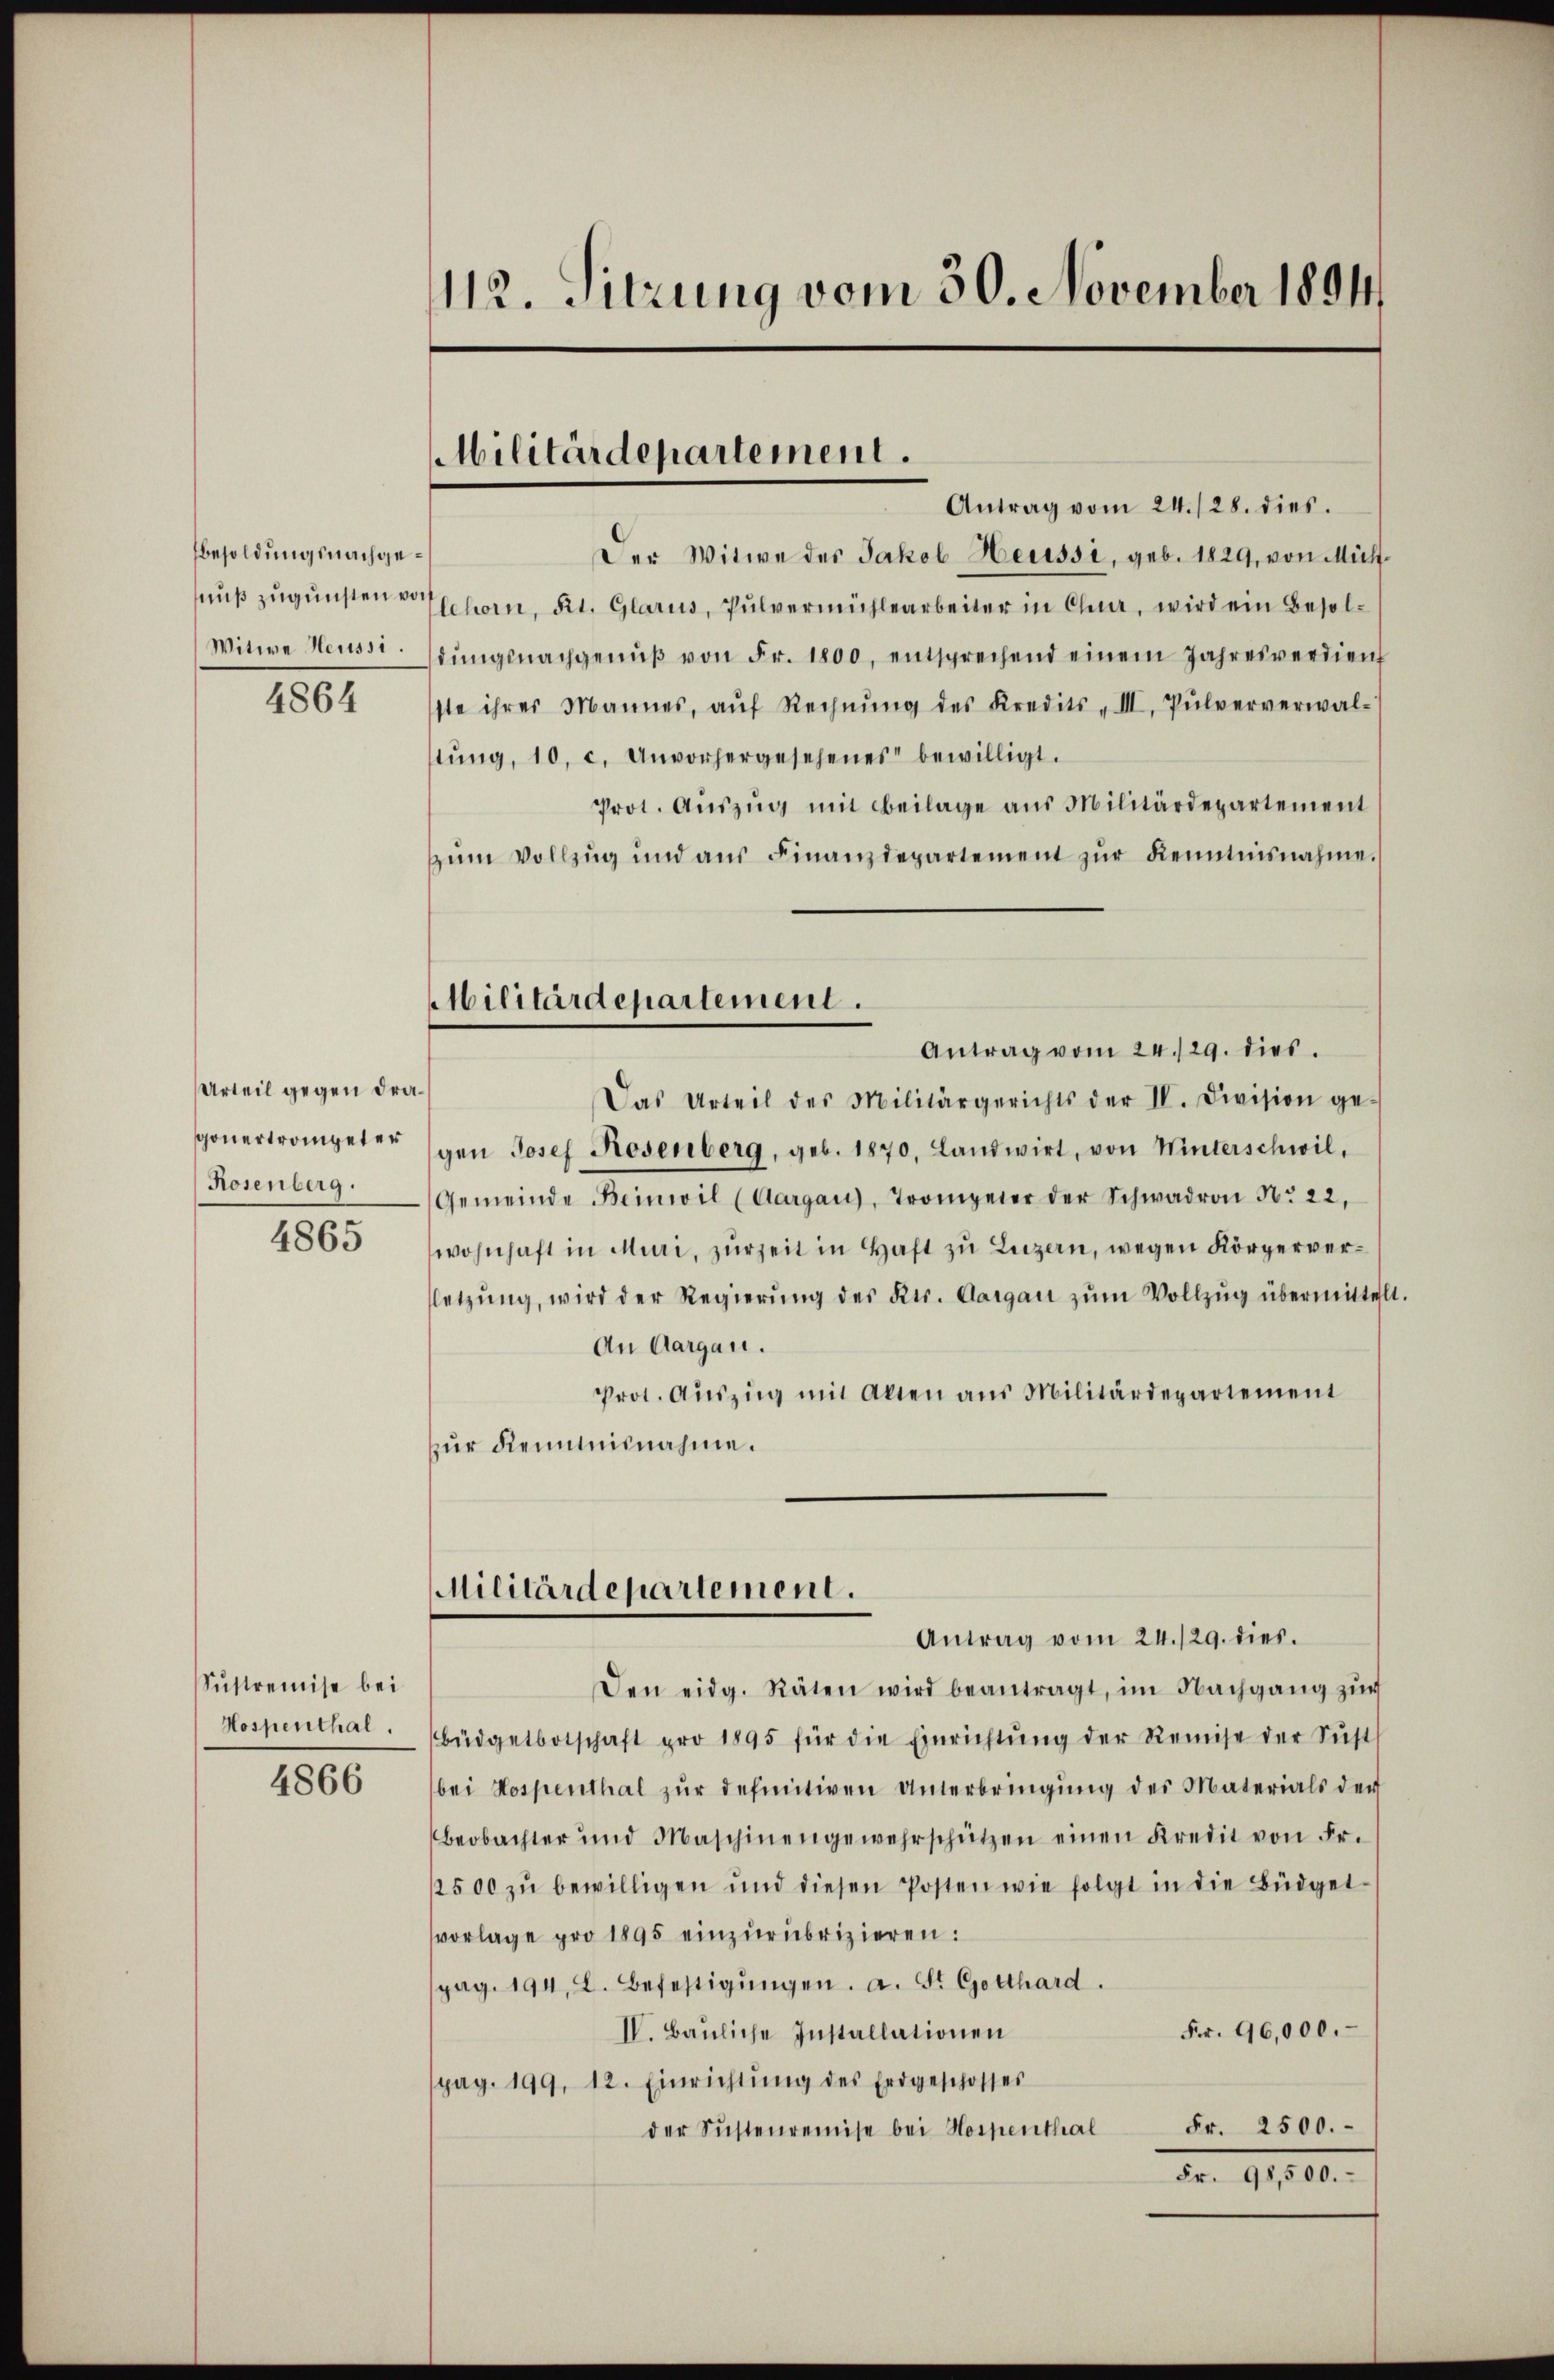
112. Sitzung vom 30. November 1894

Militärdepartement.
Antrag vom 24. 128. dies.

Der Witwe des Jakob Heussi, geb. 1829, von Mühlnuß zugunsten Schorn, Kt. Glarus, Pulvermühlearbeiter in Chur, wird ein Besoldŭngsnachgenŭβ von Fr. 1800, entsprechend einem Jahresverdien
ste ihrer Mannes, aŭf Rechnŭng des Kredits - III. Pŭlververwal-
tŭng, 10. c. Unvorhergesehenes bewilligt.
Prot. Aŭszŭg mit Beilage aus Militärdepartement
zŭm Vollzŭg und aŭs Finanzdepartement zŭr Kenntnisnahme.
Antrag vom 24./29. dies
Das Urteil des Militärgerichts der II. Division ge-
gen Josef Rosenberg, geb. 1870, Landwirt, von Winterschwil,
Gemeinde Beinwil (Aargau), Trompeter der Schwadron Nr. 22,
wohnhaft in Muri, zŭr Zeit in Haft zu Luzern, wegen Körperverletzŭng, wird der Regierŭng des Kts. Aargau zŭm Vollzŭg übermittelt
An Aargau.
Prot. Aŭszig mit Alten aus Militärdepartement
zur Reminisnahme.
Militärdepartement.
Antrag vom 24./29. dies
Den eidg. Räten wird beantragt, im Nachgang zŭr
Büdgetbotschaft pro 1895 für die Einrichtŭng der Remise der Susts
bei Hospenthal zŭr definitiven Unterbringŭng des Materials der
Beobachter und Maschinengewahrschützen einen Kredit von Fr.
2500 zŭ bewilligen und diesen Posten wie folgt in die Büdget-
vorlage pro 1895 einzurubrizieren:
pag. 194. 2. Befestigŭngen. a. St. Gotthard.
Fr. 96,000.
IV. Bauliche Installationen
pag. 199, 12. Einrichtŭng des Erdgeschosses
der Sustenremise bei Hospenthal Fr. 2500.
Ao. 191,100.

Besoldungsnachge¬
Witwe Heussi.
4864

Militärdepartement.

Urteil gegen Dragonertrompeter
Rosenberg.
4865

Sustremise bei
Hospenthal.

4866